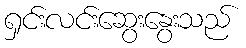
ရှင်းလင်းဆွေးနွေးသည်